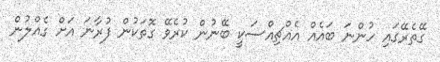
ގޭތެރޭގައި ހުންނަ ބައެއް އެއްޗިއްސަކީ ބޭނުން ކުރެވޭ ގޮތަކުން ފުރާނަ އަށް ގެއްލުން